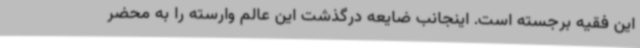
این فقیه برجسته است. اینجانب ضایعه درگذشت این عالم وارسته را به محضر